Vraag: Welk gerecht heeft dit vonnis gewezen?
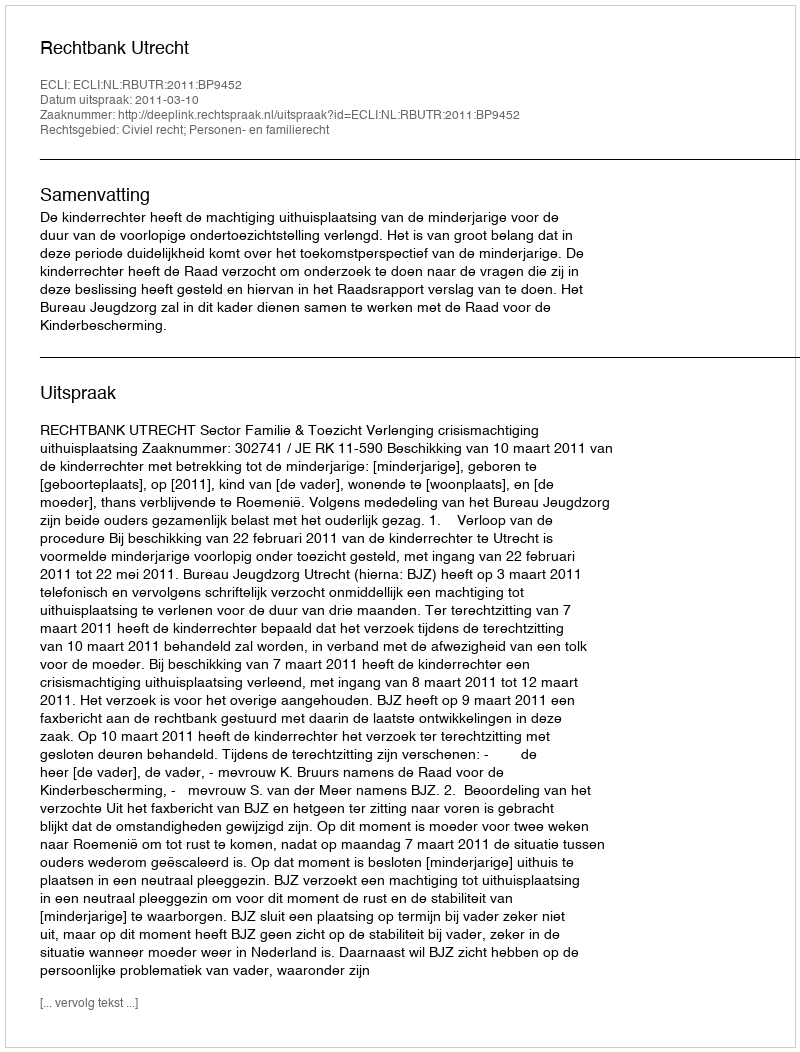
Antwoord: Rechtbank Utrecht